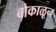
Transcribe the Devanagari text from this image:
बोकाळून